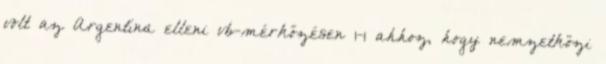
volt az Argentína elleni vb-mérkőzésen 1-1 ahhoz, hogy nemzetközi